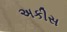
અકીસ